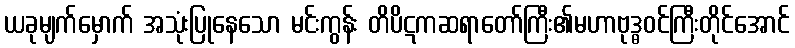
ယခုမျက်မှောက် အသုံးပြုနေသော မင်းကွန်း တိပိဋကဆရာတော်ကြီး၏မဟာဗုဒ္ဓဝင်ကြီးတိုင်အောင်